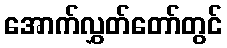
အောက်လွှတ်တော်တွင်